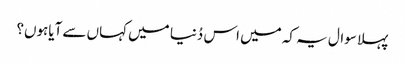
پہلا سوال یہ کہ میں اس دُنیا میں کہاں سے آیاہوں؟